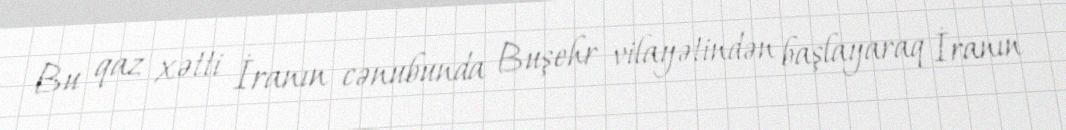
Bu qaz xətti İranın cənubunda Buşehr vilayətindən başlayaraq İranın